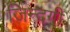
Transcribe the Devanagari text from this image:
जि़न्दगी